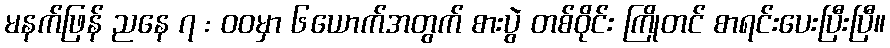
မနက်ဖြန် ညနေ ၇ : ဝဝမှာ ၆ယောက်အတွက် စားပွဲ တစ်ဝိုင်း ကြိုတင် စာရင်းပေးပြီးပြီ။